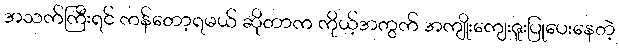
အသက်ကြီးရင် ကန်တော့ရမယ် ဆိုတာက ကိုယ့်အတွက် အကျိုးကျေးဇူးပြုပေးနေတဲ့